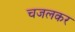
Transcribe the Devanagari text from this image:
चजलकर